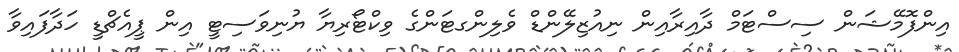
އިންފޮމޭޝަން ސިސްޓަމް ދާއިރާއިން ނިއުޒިލޭންޑް ވެލިންގޓަންގެ ވިކްޓޯރިޔާ ޔުނިވަސިޓީ އިން ޕީއެޗްޑީ ހަދާފައިވާ